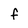
Character: f